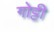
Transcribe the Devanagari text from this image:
गोट्टी